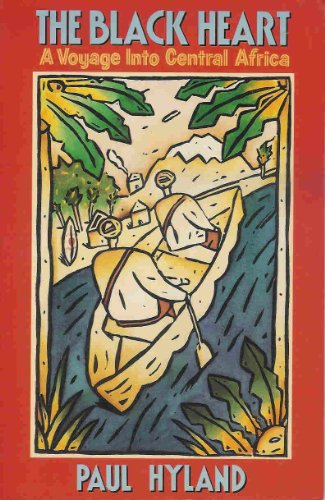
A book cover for The Black Heart: A Voyage into Central Africa (Armchair Traveller Series); Paul Hyland; Travel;